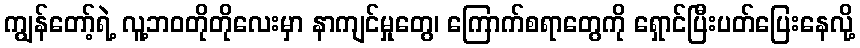
ကျွန်တော့်ရဲ့ လူ့ဘဝတိုတိုလေးမှာ နာကျင်မှုတွေ၊ ကြောက်စရာတွေကို ရှောင်ပြီးပတ်ပြေးနေလို့